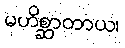
မဟိစ္ဆာတာယ၊